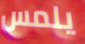
يلمس